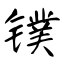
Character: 镤